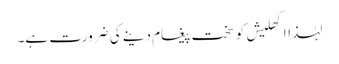
لہٰذااکھلیش کوسخت پیغام دینے کی ضرورت ہے۔